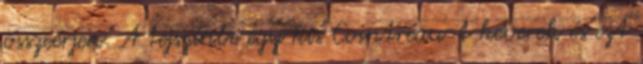
összeérjen. A tejszínbe egy kis Cointreau-t keverek és ezt